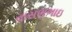
વાસણભાઇ